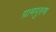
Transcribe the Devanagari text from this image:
ग्रामपुरुष